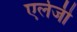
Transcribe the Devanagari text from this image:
एर्लजी